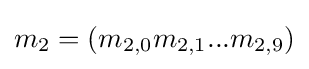
m_{2}=(m_{2,0}m_{2,1}...m_{2,9})